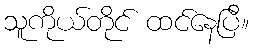
သူကိုယ်တိုင် ထင်နေပြီ။